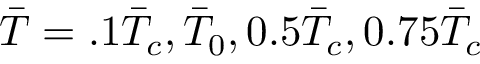
\Bar { T } = . 1 \Bar { T } _ { c } , \Bar { T } _ { 0 } , 0 . 5 \Bar { T } _ { c } , 0 . 7 5 \Bar { T } _ { c }